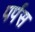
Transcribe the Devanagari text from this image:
पर्पस